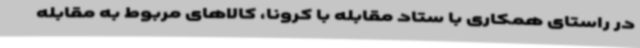
در راستای همکاری با ستاد مقابله با کرونا، کالاهای مربوط به مقابله